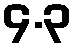
၄.၃